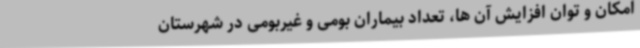
امکان و توان افزایش آن ها، تعداد بیماران بومی و غیربومی در شهرستان